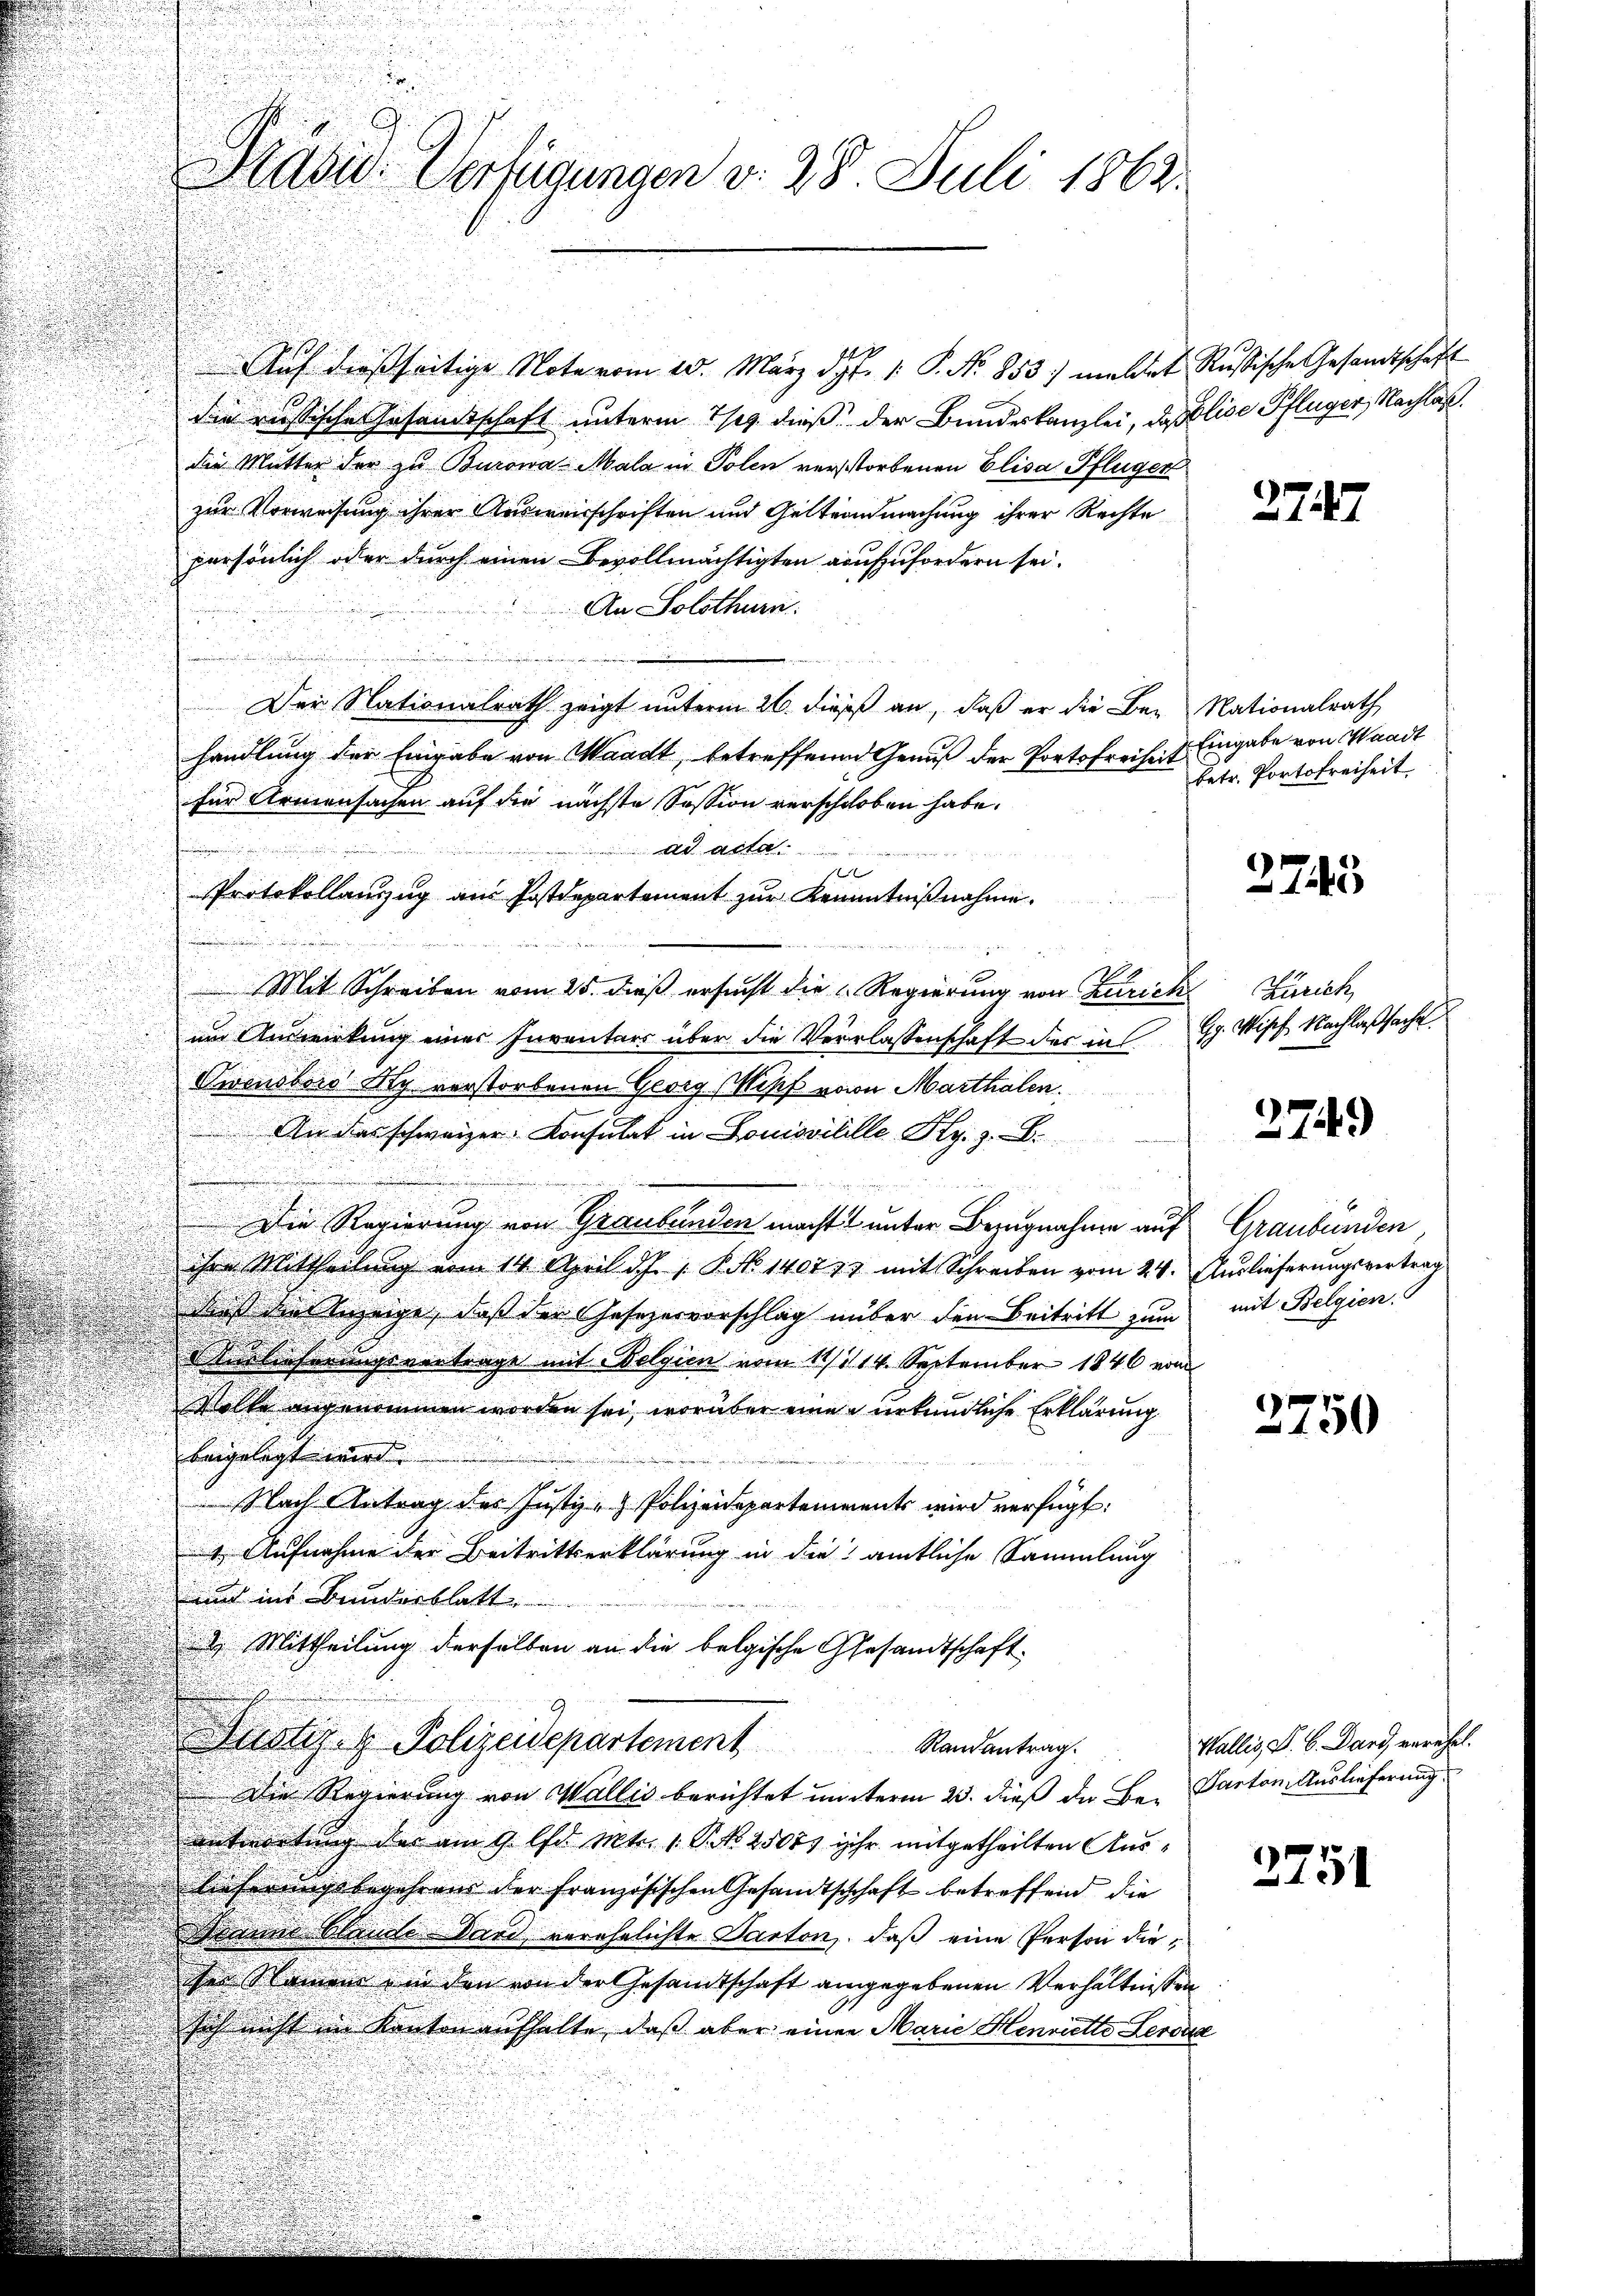
Auf dießseitige Note vom 20. März d. J. 1. P. Nr. 853. meldet Rußische Gesandtschaft
die russischen Gesandtschaft unterm 1/9. dieß der Bundeskanzlei, Pasblice Pflüger, Nachlaß
die Mutter der zu Burowa Mala in Polen verstorbenen Elisa Pflügen
zur Vorweisung ihrer Ausweisschriften und Geltendmachung ihrer Rechte
persönlich oder durch einen Bevollmächtigten aufzufordern sei.
An Solothurn.

Der Nationalrath zeigt unterm 26. dieß an, daß er die Be- Nationalrath
handlung der Eingabe von Waadt, betreffenen Genuß der Portofreiheit Eingabe von Waadt
für Armensachen auf die nächste Session verschoben habe.
ad acta
x
Protokollanzug am Postdepartement zur Kenntnißnahme.

e
Mit Schreiben vom 25. dieß ersucht die Regierung von Zürich Zürich
um Auswirkung einer Inventars über die Verlassenschaft der in CG. Misch Nachlaßsache
Owensbors Ny verstorbenen Georg Wipf von Marthalen.
An das schweizer Konsulat in Louisvilille Hy. z. B.

Die Regierung von Graubünden macht unter Bezugnahme auf Graubünden,
ihre Mittheilŭng vom 14. April d.J. P. No 140773 mit Schreiben vom 24. Auslieferungsvertrag
Maß die Anzeige, daß der Gesezesvorschlag nüber den Beitritt zum mit Belgien.
 Vierlieferungsvertrage mit Belgien vom 11/114. September 1846 vom
Volke angenommen worden sei, worüber eine urkundliche Erklärung
beigelegt wird.
 Nach Antrag des Justiz- & Polizeidepartements wird verfügt:
1. Aufnahme der Beitrittserklärung in die amtliche Sammlung
unt ins Bunderblatt
 Mittheilung derselben an die belgische Gesandtschaft-
Justiz- & Polizeidepartement
Randantrag.
Die Regierung von Wallis berichtet unterm 23. dieß die Be- Parten Auslieferung
antwortung der am 9. d. Mts. 1. P. Nr. 25071 ihr mitgetheilten Auslieferungsbegehrens der Französischen Gesandtschhaft betreffend die
eanne Stunde Band verehelichte Kanton, daß eine Person dieiher Namen und den von der Gesamtschaft angegebenen Verhältnissen
sich nicht in Kanton aufhalte, daß aber einen Marie Henriette Lerde

Rasis Verfügungen d. 28 Juli 1863.

2747

betr. Portofreiheit

2745

2749)

3750

Wallis, S. 6. Dans verehel.

2751